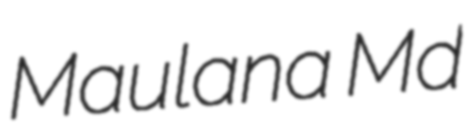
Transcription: Maulana Md